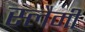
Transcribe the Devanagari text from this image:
स्लैमी